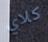
كلاي